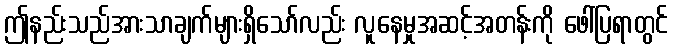
ဤနည်းသည်အားသာချက်များရှိသော်လည်း လူနေမှုအဆင့်အတန်းကို ဖေါ်ပြရာတွင်